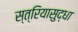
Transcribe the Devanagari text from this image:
स्त्रियासुद्धा